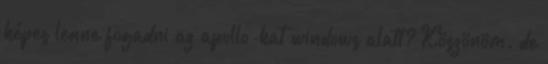
képes lenne fogadni az apollo-kat windows alatt? Köszönöm. de